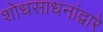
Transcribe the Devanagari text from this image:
शोधसाधनांद्वारे